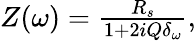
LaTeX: \begin{array}{r}{Z(\omega)=\frac{R_{s}}{1+2iQ\delta_{\omega}},}\end{array}